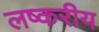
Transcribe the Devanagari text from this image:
लष्करीय